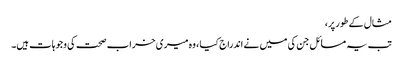
مثال کے طور پر،
تب یہ مسائل جن کی میں نے اندراج کیا ، وہ میری خراب صحت کی وجوہات ہیں۔